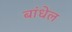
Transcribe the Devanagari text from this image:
बांधेल